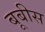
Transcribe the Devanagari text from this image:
बूबीस